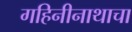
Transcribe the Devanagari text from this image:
गहिनीनाथाचा